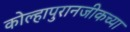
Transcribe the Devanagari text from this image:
कोल्हापुरानजीकच्या